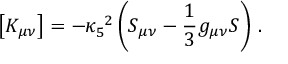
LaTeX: \left[ K _ { \mu \nu } \right] = - \kappa _ { 5 } ^ { ~ 2 } \left( S _ { \mu \nu } - { \frac { 1 } { 3 } } g _ { \mu \nu } S \right) \, .